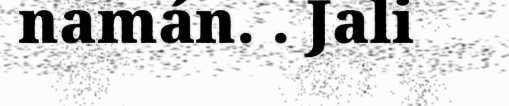
namán. . Jali